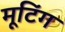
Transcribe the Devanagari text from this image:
मूटिंग